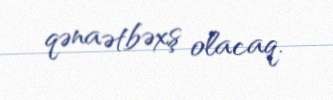
qənaətbəxş olacaq.